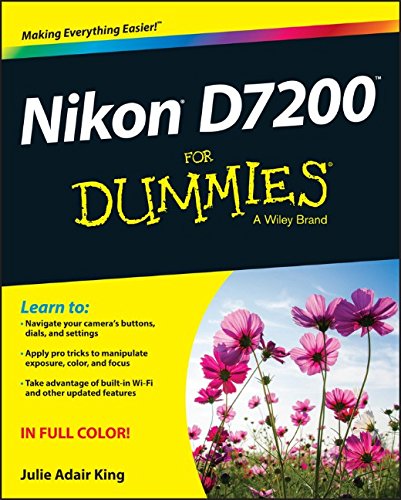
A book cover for Nikon D7200 For Dummies; Julie Adair King; Arts & Photography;